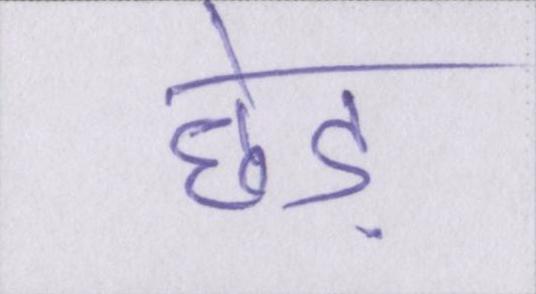
छेड़